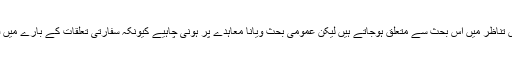
جنیوا معاہدات کا تعلق قانونِ جنگ سے ہے جو ایک خاص تناظر میں اس بحث سے متعلق ہوجاتے ہیں لیکن عمومی بحث ویانا معاہدے پر ہونی چاہیے کیونکہ سفارتی تعلقات کے بارے میں قواعد و ضوابط ویانا معاہدے میں ہی طے کیے گئے ہیں۔